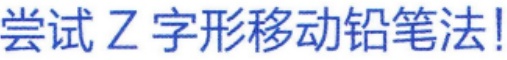
尝试 Z 字形移动铅笔法!